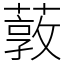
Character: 䔻